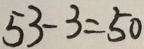
5 3 - 3 = 5 0